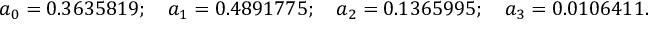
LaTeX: a _ { 0 } = 0 . 3 6 3 5 8 1 9 ; \quad a _ { 1 } = 0 . 4 8 9 1 7 7 5 ; \quad a _ { 2 } = 0 . 1 3 6 5 9 9 5 ; \quad a _ { 3 } = 0 . 0 1 0 6 4 1 1 .